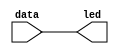
module led(
    data, 
    led
);

input [7:0] data;
output reg[7:0] led;

always @ (*)
begin
    led <= data;
end

endmodule